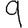
Digit: 9